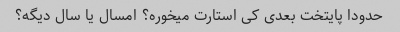
حدودا پایتخت بعدی کی استارت میخوره؟ امسال یا سال دیگه؟